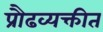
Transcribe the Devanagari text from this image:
प्रौढव्यक्तीत